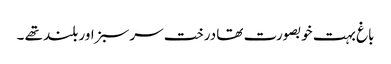
باغ بہت خوبصورت تھا درخت سرسبز اور بلند تھے ۔